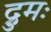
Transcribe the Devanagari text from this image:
द्रुमः